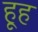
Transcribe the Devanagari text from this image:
हूह